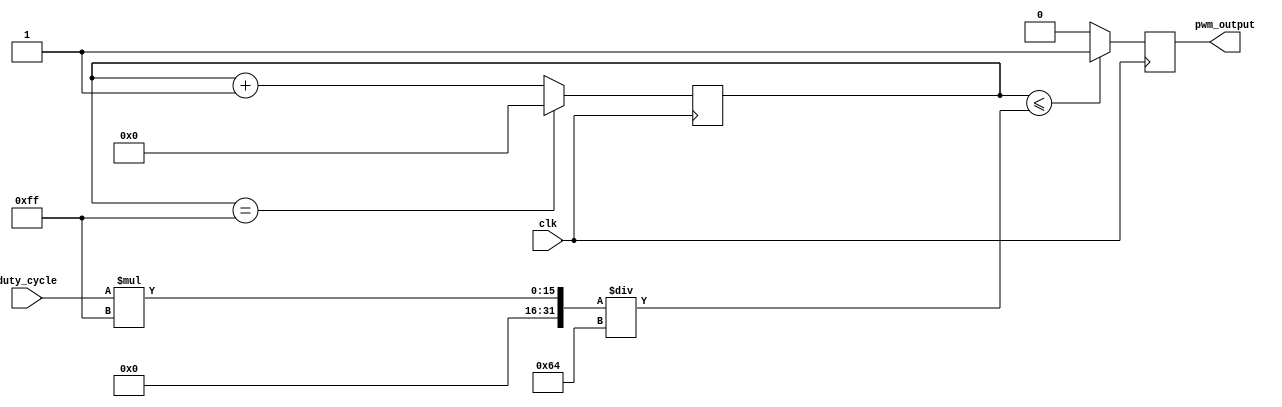
module pwm_generator (
    input clk,
    input [7:0] duty_cycle,
    output reg pwm_output
);

reg [7:0] count;

always @(posedge clk) begin
    if(count == 255)
        count <= 0;
    else
        count <= count + 1;

    if(count <= (duty_cycle * 255 / 100))
        pwm_output <= 1;
    else
        pwm_output <= 0;
end

endmodule